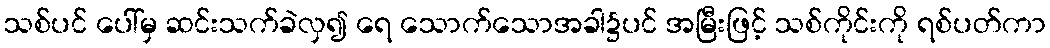
သစ်ပင် ပေါ်မှ ဆင်းသက်ခဲလှ၍ ရေ သောက်သောအခါ၌ပင် အမြီးဖြင့် သစ်ကိုင်းကို ရစ်ပတ်ကာ